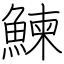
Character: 鰊